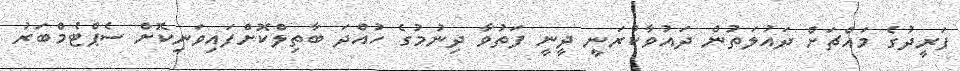
ފަރީދުގެ މައްޗަށް ދައުލަތުން ދައުވާކުރަނީ ދީނީ ފަތުވާ ދިނުމުގެ ހުއްދަ ބާތިލްކޮށްފައިވަނިކޮށް ސެޕްޓެމްބަރު